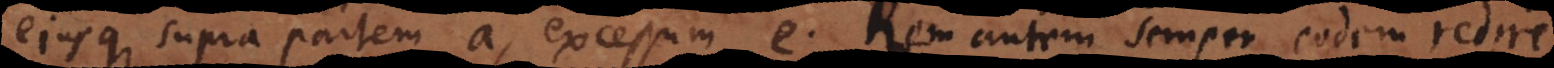
ejusque supra partem a, excessum e. Rem autem semper eodem redire